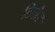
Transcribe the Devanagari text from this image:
टिबोर